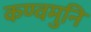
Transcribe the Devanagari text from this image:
कण्वमुनि